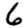
Digit: 6